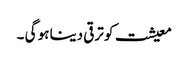
معیشت کو ترقی دینا ہو گی ۔